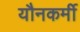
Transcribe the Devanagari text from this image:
यौनकर्मी